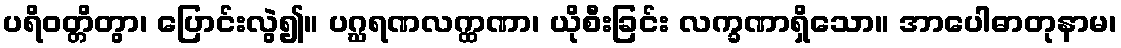
ပရိဝတ္တိတွာ၊ ပြောင်းလွဲ၍။ ပဂ္ဃရဏလက္ထဏာ၊ ယိုစီးခြင်း လက္ခဏာရှိသော။ အာပေါဓာတုနာမ၊